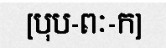
[បុប-ពៈ-ក]